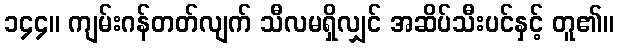
၁၄၄။ ကျမ်းဂန်တတ်လျက် သီလမရှိလျှင် အဆိပ်သီးပင်နှင့် တူ၏။